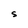
Character: S